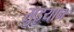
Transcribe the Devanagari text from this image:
सुइयान